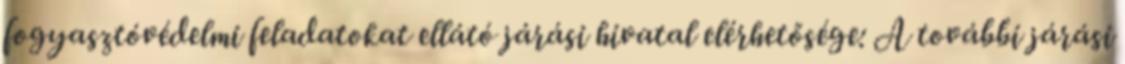
fogyasztóvédelmi feladatokat ellátó járási hivatal elérhetősége: A további járási